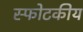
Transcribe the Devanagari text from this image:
स्फोटकीय